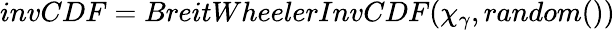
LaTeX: invCDF=BreitWheelerInvCDF(\chi_{\gamma},random())